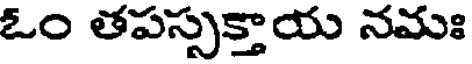
ఓం తపస్సక్తాయ నమః